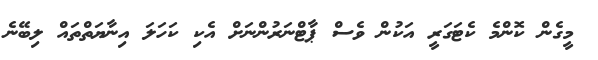
މީގެން ކޮންމެ ކެޓަގަރީ އަކުން ވެސް ޕާޓްނަރުންނަށް އެކި ކަހަލަ އިނާޔަތްތައް ލިބޭނެ